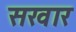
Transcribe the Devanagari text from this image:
सखार